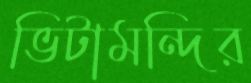
ভিটামন্দির